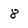
Character: 8